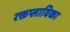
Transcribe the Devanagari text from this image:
रक्तप्लाविका